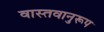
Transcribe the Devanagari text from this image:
वास्तवानुरूप